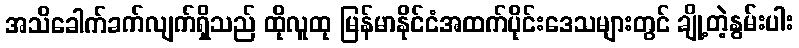
အသိခေါက်ခက်လျက်ရှိသည် ထိုလူထု မြန်မာနိုင်ငံအထက်ပိုင်းဒေသများတွင် ချို့တဲ့နွမ်းပါး